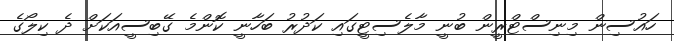
ހައުސިން މިނިސްޓްރީން ބުނީ މާލެސިޓީގައި ކަދުރު ބަހާނީ ކޮންމެ ގޭބިސީއަކަށް ދެ ކިލޯގެ